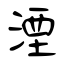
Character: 湮